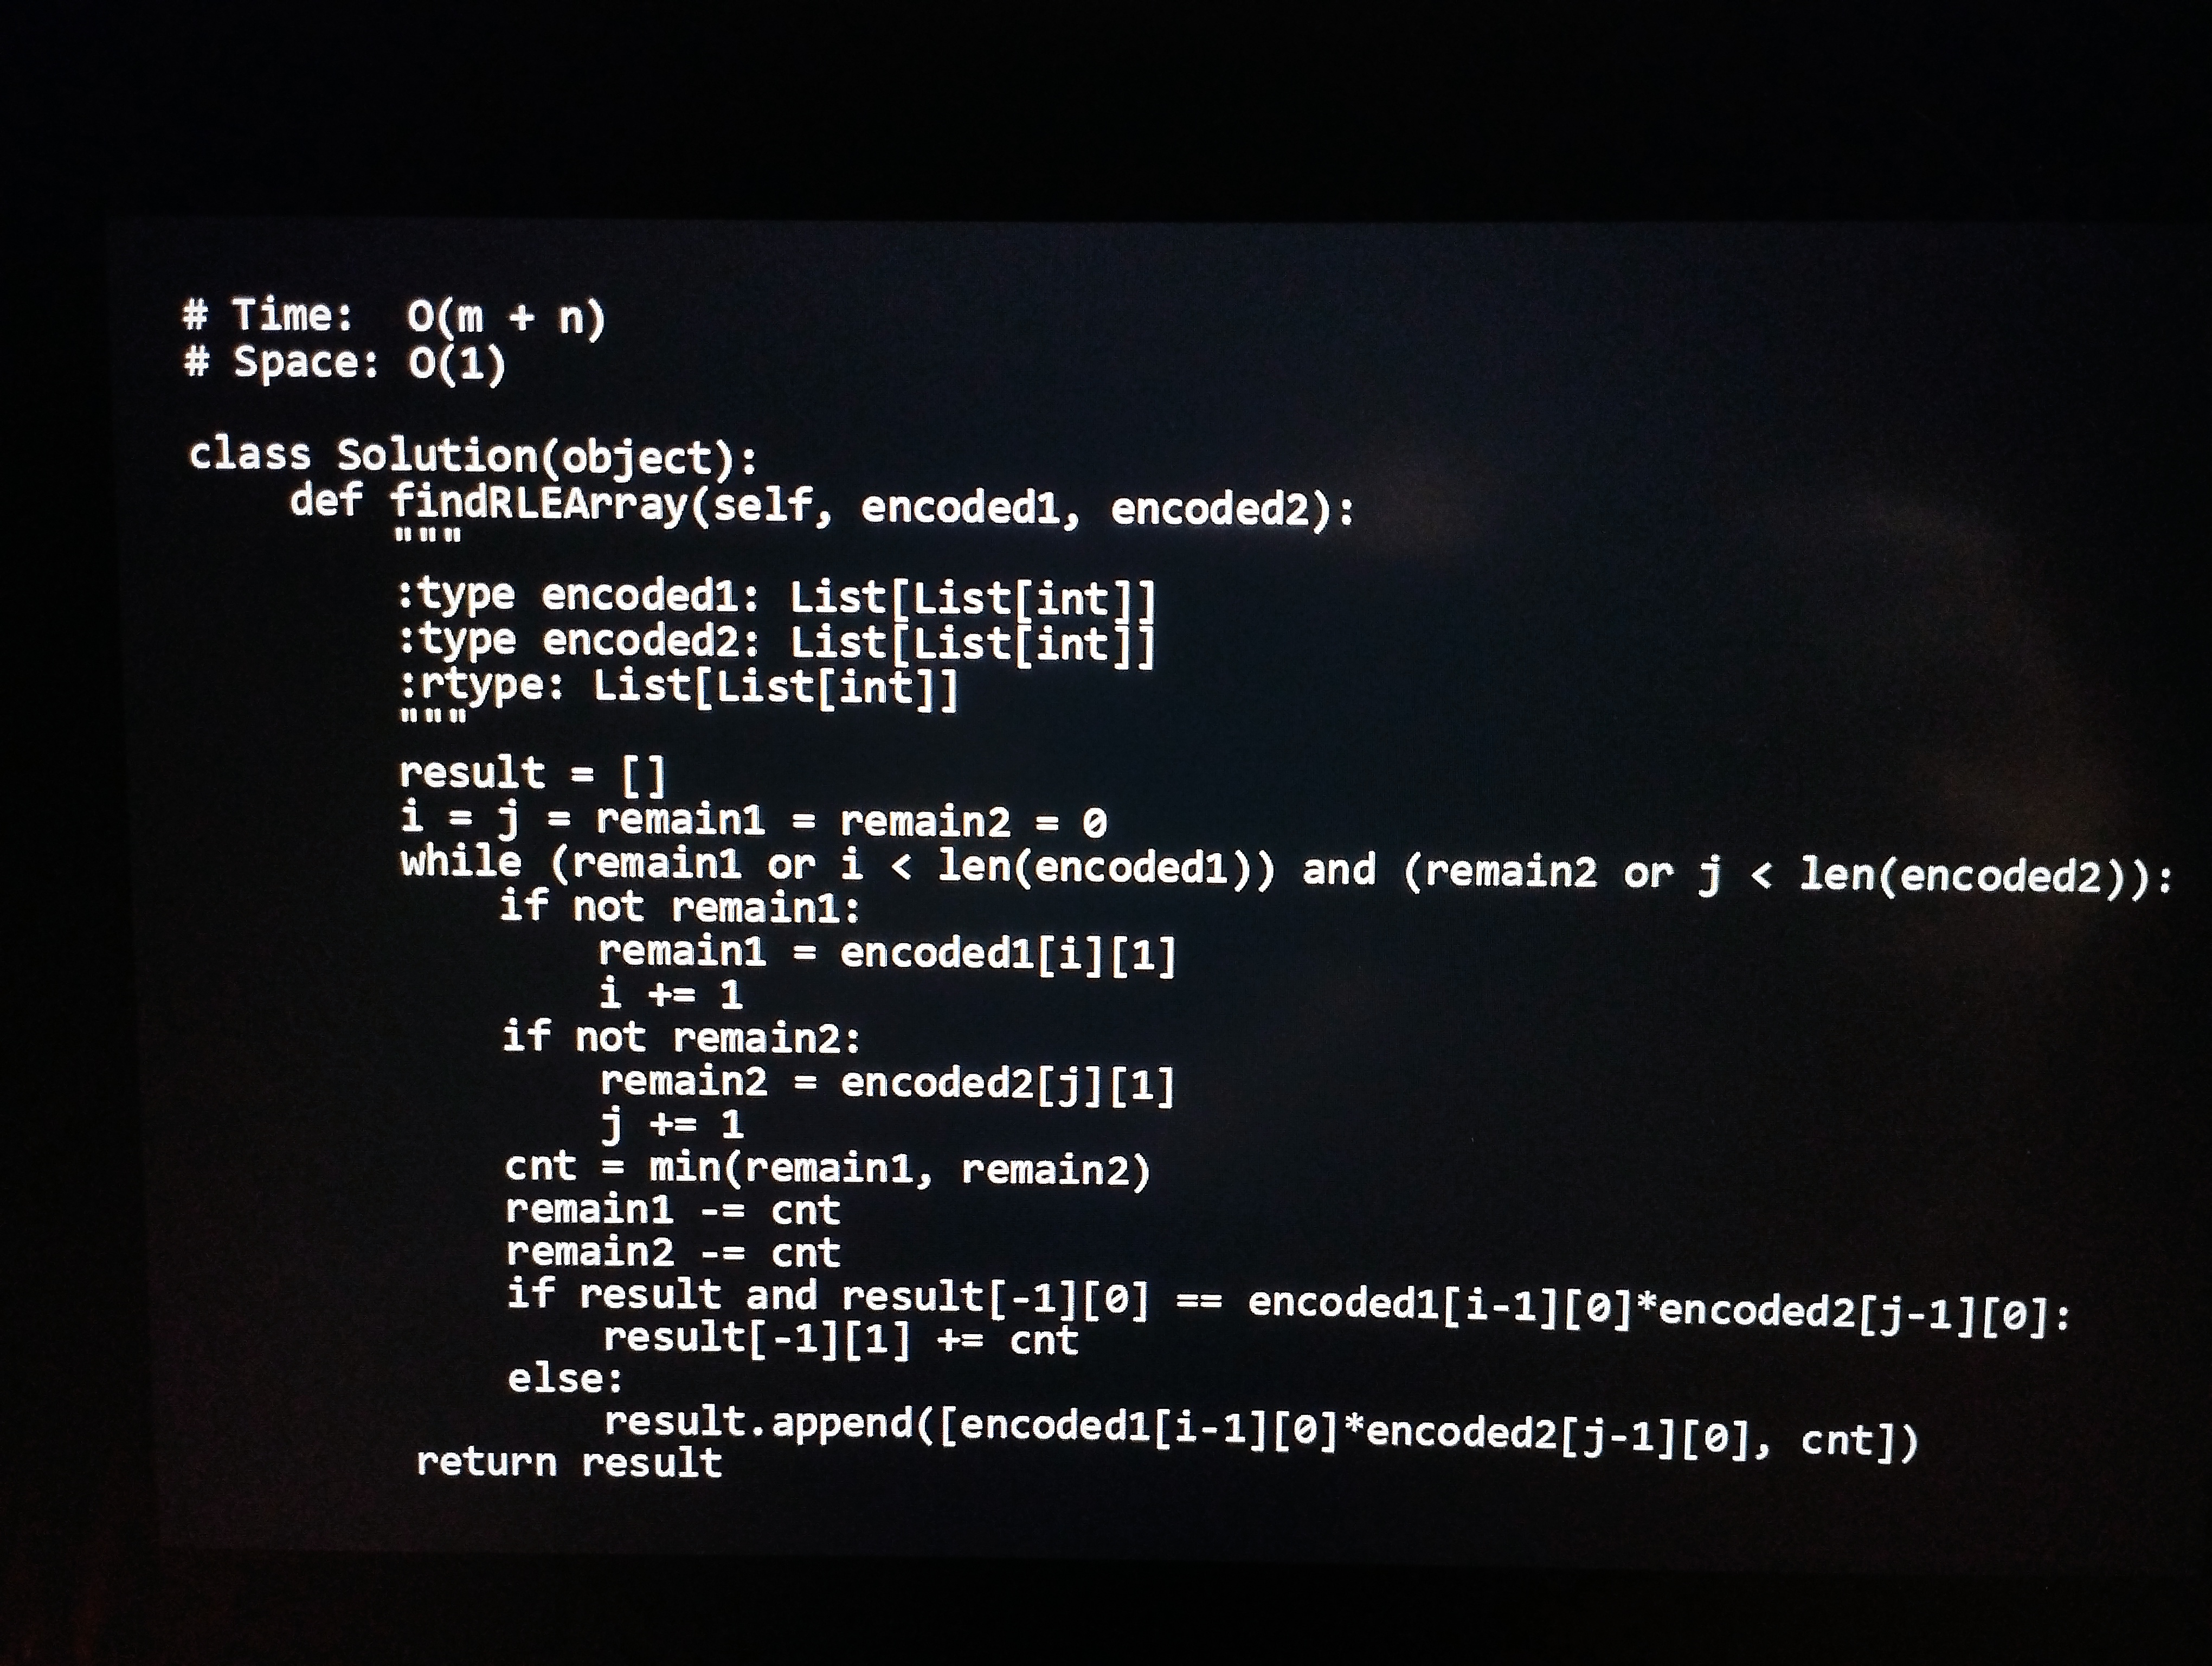
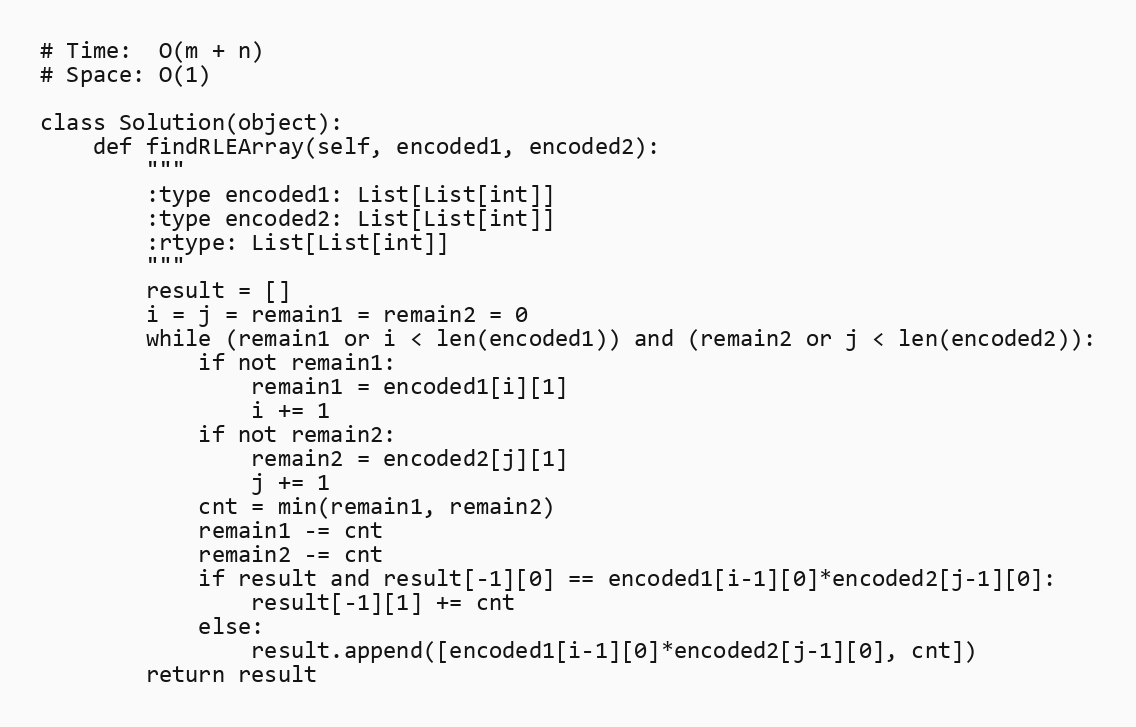
# Time:  O(m + n)
# Space: O(1)

class Solution(object):
    def findRLEArray(self, encoded1, encoded2):
        """
        :type encoded1: List[List[int]]
        :type encoded2: List[List[int]]
        :rtype: List[List[int]]
        """
        result = []
        i = j = remain1 = remain2 = 0
        while (remain1 or i < len(encoded1)) and (remain2 or j < len(encoded2)):
            if not remain1:
                remain1 = encoded1[i][1]
                i += 1
            if not remain2:
                remain2 = encoded2[j][1]
                j += 1
            cnt = min(remain1, remain2)
            remain1 -= cnt
            remain2 -= cnt
            if result and result[-1][0] == encoded1[i-1][0]*encoded2[j-1][0]:
                result[-1][1] += cnt
            else:
                result.append([encoded1[i-1][0]*encoded2[j-1][0], cnt])
        return result